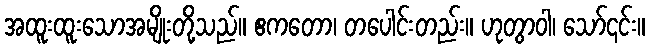
အထူးထူးသောအမျိုးတို့သည်။ ဧကတော၊ တပေါင်းတည်း။ ဟုတွာဝါ၊ သော်၎င်း။